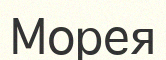
Морея